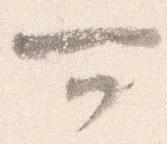
可